Vaccination Hyderabad 1872-1889 - 1872-1889
Year: 1872
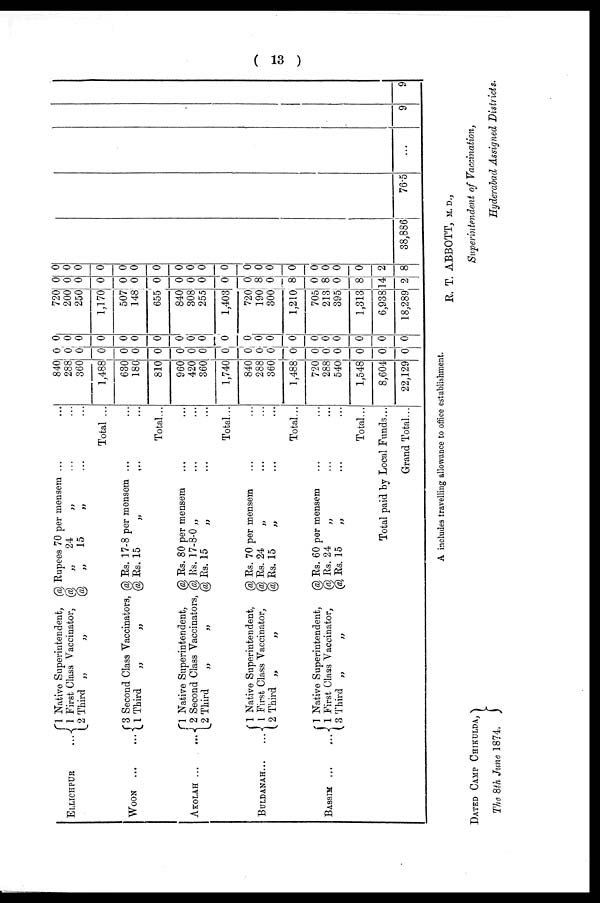
( 13 )
ELLICHPUR
...
WOON
...
...
AKOLAH ...
...
BULDANAH
...
...
BASSIM
...
...
1 Native Superintendent, @ Rupees 70 per mensem ... ...
1 First Class Vaccinator, @
„
24
„ ... ...
2 Third „
„
@
„
15 „ ... ...
Total ...
3 Second Class Vaccinators, @ Rs. 17-8 per mensem ... ...
1 Third
„
„
@ Rs. 15
„ ... ...
Total...
1 Native Superintendent,
@ Rs. 80 per mensem ... ...
2 Second Class Vaccinators, @ Rs. 17-8-0 „ ... ...
2 Third
„
„
@ Rs. 15
„ ... ...
Total...
1 Native Superintendent,
@ Rs. 70 per mensem ... ...
1 First Class Vaccinator,
@ Rs. 24
„ ... ...
2 Third „
„
@ Rs. 15
„ ... ...
Total...
1 Native Superintendent,
@ Rs. 60 per mensem ... ...
1 First Class Vaccinator,
@ Rs. 24
„ ... ...
3 Third „
„
@ Rs. 15
„ ... ...
Total...
Total paid by Local Funds...
Grand Total...
840
288
360
1,488
630
180
810
960
420
360
1,740
840
288
360
1,488
720
288
540
1,548
8,604
22,129
0
0
0
0
0
0
0
0
0
0
0
0
0
0
0
0
0
0
0
0
0
0
0
0
0
0
0
0
0
0
0
0
0
0
0
0
0
0
0
0
0
0
720
200
250
1,170
507
148
655
840
308
255
1,403
720
190
300
1,210
705
213
395
1,313
6,938
18,289
0
0
0
0
0
0
0
0
0
0
0
0
8
0
8
0
8
0
8
14
2
0
0
0
0
0
0
0
0
0
0
0
0
0
0
0
0
0
0
0
2
8
38,886
76.5
...
9
9
A includes travelling allowance to office establishment.
R. T. ABBOTT, M.D.,
Superintendent of Vaccination,
Hyderabad Assigned Districts.
DATED CAMP CHIKULDA,
The 8th June 1874.